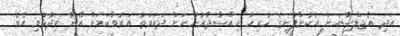
އަދި އެޖަލްސާއަށް އެކުންފުނީގެ ހުރިހާ ހިއްސާދާރުންނަށް ދައުވަތު އަރުވާކަމަށް އޭނާ ވިދާޅުވި އެވެ.